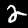
Label: 2